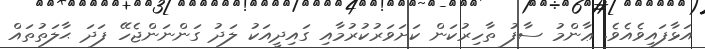
އަޅާފައިވެއެވެ. ޢާންމު ސާފު ތާހިރުކަން ކަށަވަރުކުރުމާއި ގައިދީއަކު ލަދު ގަންނަންޖެހޭ ފަދަ ޙާލަތުތައް